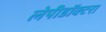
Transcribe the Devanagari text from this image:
लेपीडॉक्टरा